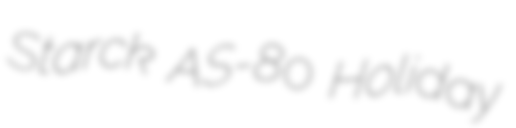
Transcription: Starck AS-80 Holiday